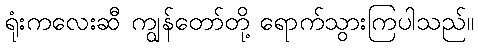
ရုံးကလေးဆီ ကျွန်တော်တို့ ရောက်သွားကြပါသည်။